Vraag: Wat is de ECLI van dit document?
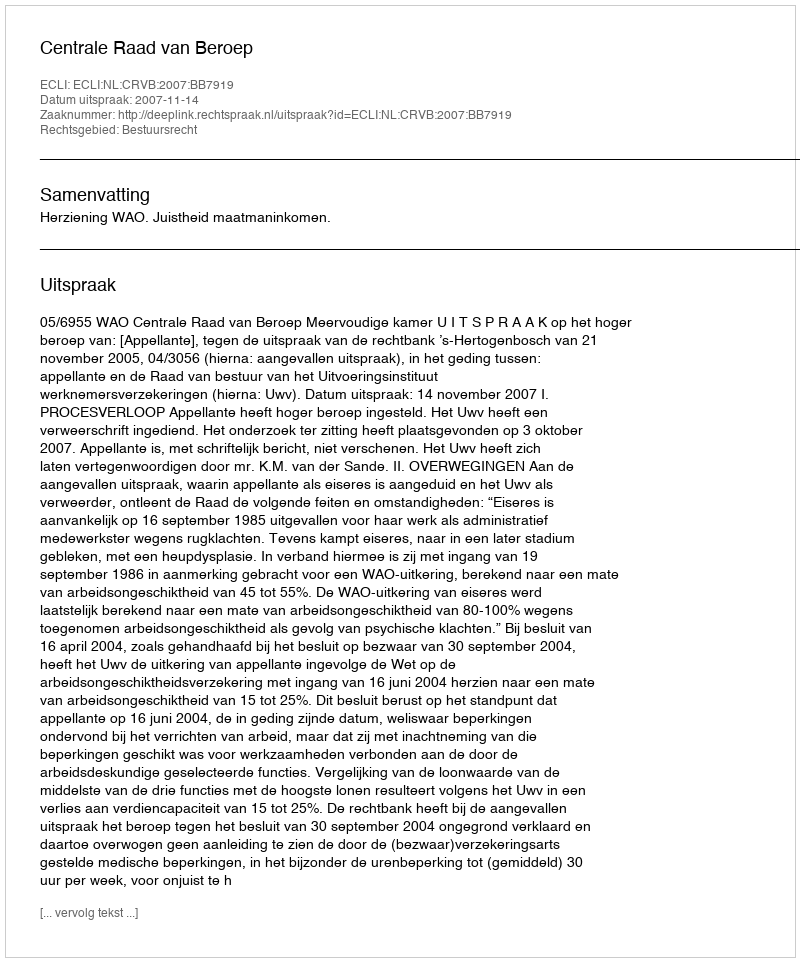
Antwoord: ECLI:NL:CRVB:2007:BB7919